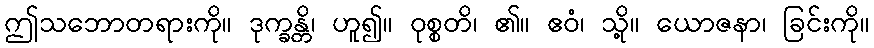
ဤသဘောတရားကို။ ဒုက္ခန္တိ၊ ဟူ၍။ ဝုစ္စတိ၊ ၏။ ဧဝံ၊ သို့။ ယောဇနာ၊ ခြင်းကို။